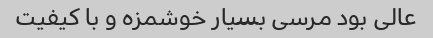
عالی بود مرسی بسیار خوشمزه و با کیفیت